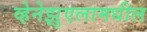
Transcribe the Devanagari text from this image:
व्हेनेझुएलामधील